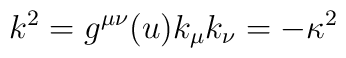
k^2 = g^{\mu\nu}(u) k_\mu k_\nu = -\kappa^2